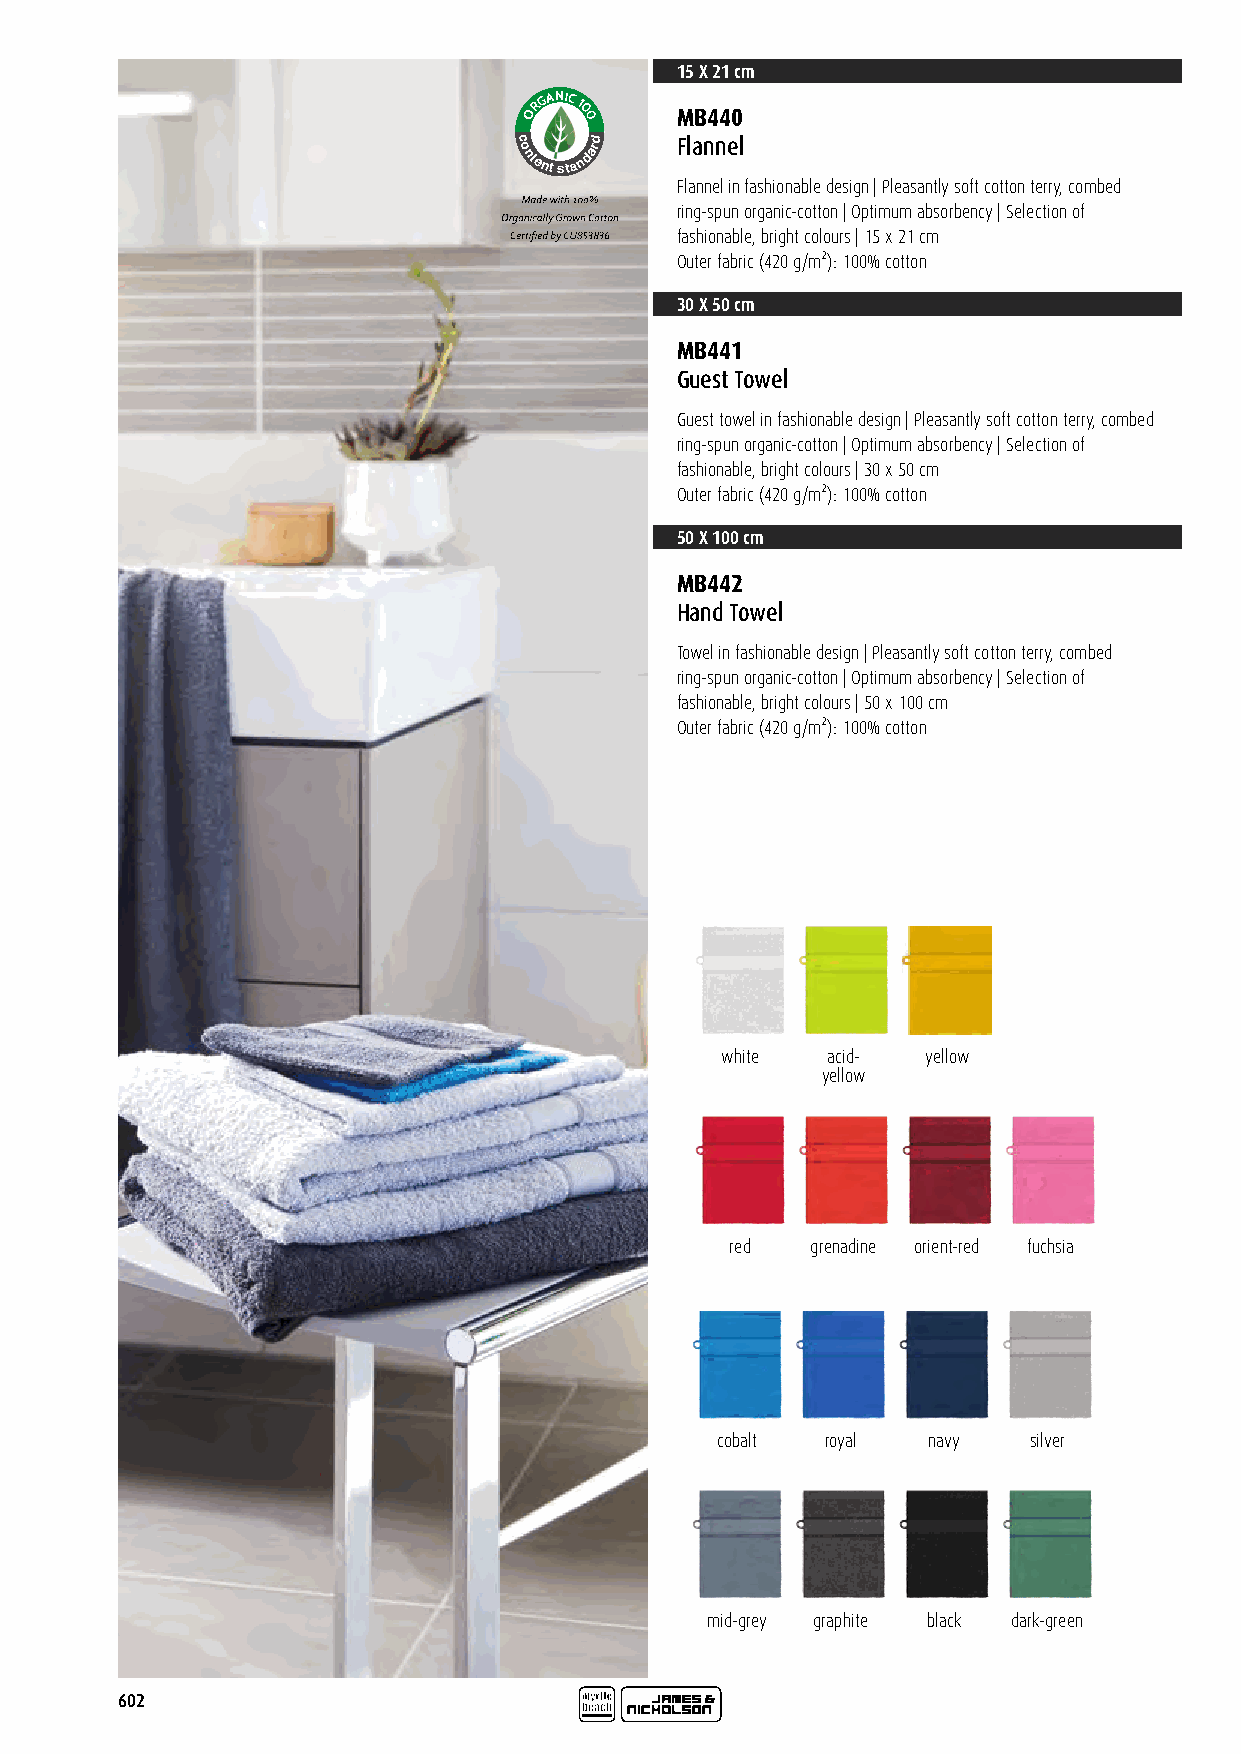
15 X 21 cm
 RGANIC
 1
 O  0 0    MB440
 c
 o
 ntent
 sta
 ndard  Flannel
 Certified by CU 853836 Flannel in fashionable design | Pleasantly soft cotton terry, combed
 ring-spun organic-cotton | Optimum absorbency | Selection of
 fashionable, bright colours | 15 x 21 cm
 Outer fabric (420 g/m²): 100% cotton
 30 X 50 cm
 MB441
 Guest Towel
 Guest towel in fashionable design | Pleasantly soft cotton terry, combed
 ring-spun organic-cotton | Optimum absorbency | Selection of
 fashionable, bright colours | 30 x 50 cm
 Outer fabric (420 g/m²): 100% cotton
 50 X 100 cm
 MB442
 Hand Towel
 Towel in fashionable design | Pleasantly soft cotton terry, combed
 ring-spun organic-cotton | Optimum absorbency | Selection of
 fashionable, bright colours | 50 x 100 cm
 Outer fabric (420 g/m²): 100% cotton
 white  acid- yellow
 yellow
 red   grenadine orient-red fuchsia
 cobalt  royal navy   silver
 mid-grey graphite black dark-green
 602